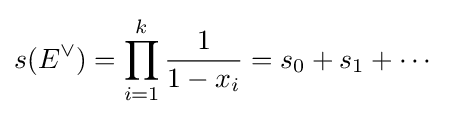
s(E^{\vee })=\prod _{i=1}^{k}{\frac {1}{1-x_{i}}}=s_{0}+s_{1}+\cdots